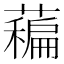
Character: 藊